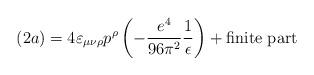
LaTeX: \begin{align*}(2a) = 4 \varepsilon_{\mu\nu\rho} p^\rho\left(-\frac{e^4}{96\pi^2}\frac{1}{\epsilon}\right) + \mbox{finite part}\end{align*}